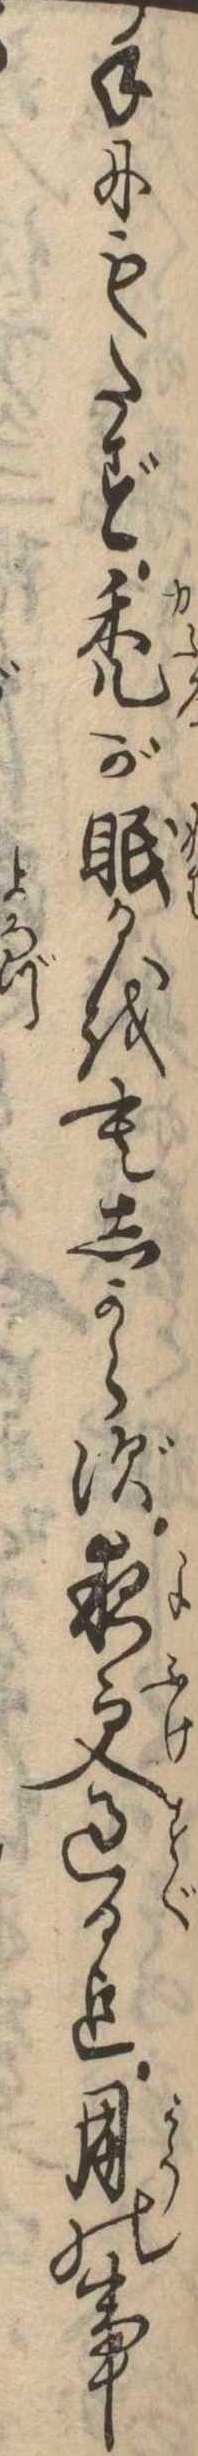
手にもたず禿が眠るをもしからず夜更過る迄用の事